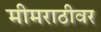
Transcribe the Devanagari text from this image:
मीमराठीवर